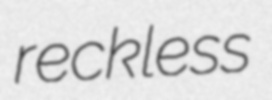
reckless